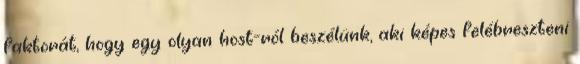
faktorát, hogy egy olyan host-ról beszélünk, aki képes felébreszteni